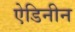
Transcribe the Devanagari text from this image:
ऐडिनीन